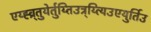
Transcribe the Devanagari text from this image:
एय्ह्व्र्तुयेर्तुय्तिउत्र्य्त्यिउएयुर्तिउ